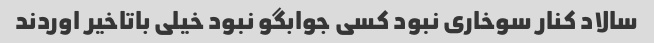
سالاد کنار سوخاری نبود کسی جوابگو نبود خیلی باتاخیر اوردند